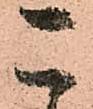
こ